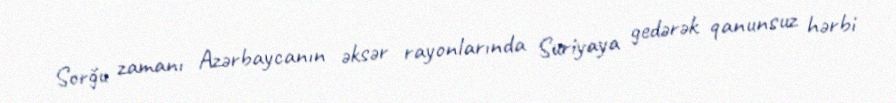
Sorğu zamanı Azərbaycanın əksər rayonlarında Suriyaya gedərək qanunsuz hərbi